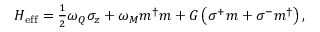
\begin{array} { r } { H _ { \mathrm { e f f } } = \frac { 1 } { 2 } \omega _ { Q } \sigma _ { z } + \omega _ { M } m ^ { \dag } m + G \left( \sigma ^ { + } m + \sigma ^ { - } m ^ { \dag } \right) , } \end{array}